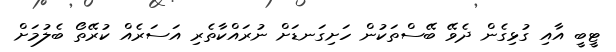
ޓީބީ އާއި ގުޅިގެން ދެވޭ ބޭސްތަކުން ހަށިގަނޑަށް ނުރައްކާތެރި އަސަރެއް ކުރޭތޯ ބެލުމަށް